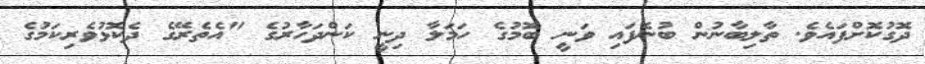
ދޮގުކޮށްފައެވެ. ތާލިބާނުން ބުނެފައި ވަނީ ބޮމުގެ ހަމަލާ ދިނީ ކަންދަހާރުގެ "އެތެރޭގެ ދެކޮޅުވެރިކަމުގެ